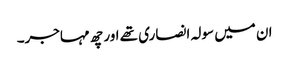
ان میں سولہ انصاری تھے اور چھ مہاجر۔